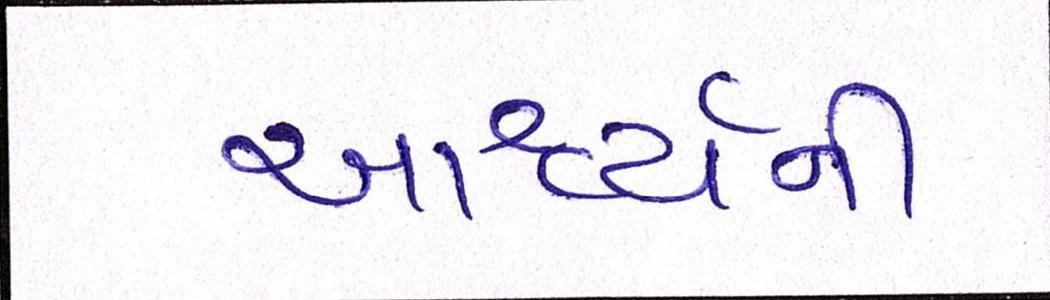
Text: આશ્ચર્ચની